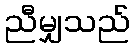
ညီမျှသည်